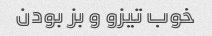
خوب تیزو و بز بودن